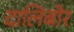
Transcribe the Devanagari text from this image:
दालिबोर